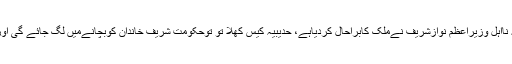
یاد رہے کہ پیپلز پارٹی کے رہنما لطیف کھوسہ کا کہنا تھا کہ نااہل وزیراعظم نوازشریف نےملک کابراحال کردیاہے، حدیبیہ کیس کھلا تو توحکومت شریف خاندان کوبچانےمیں لگ جائے گی اور ملک میں ایک انتشار کا عالم ہو گا ہر طرف افراتفری ہو گی۔